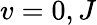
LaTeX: v=0,J